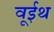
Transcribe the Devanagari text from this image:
वूईथ